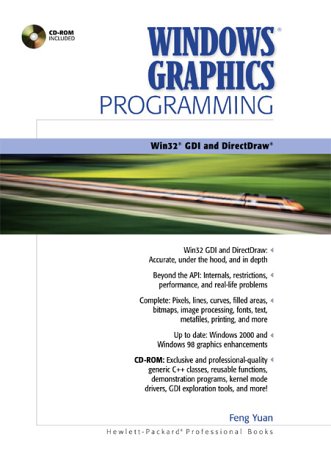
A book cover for Windows Graphics Programming: Win32 GDI and DirectDraw (Hewlett-Packard Professional Books); Feng Yuan; Computers & Technology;